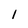
Character: 1